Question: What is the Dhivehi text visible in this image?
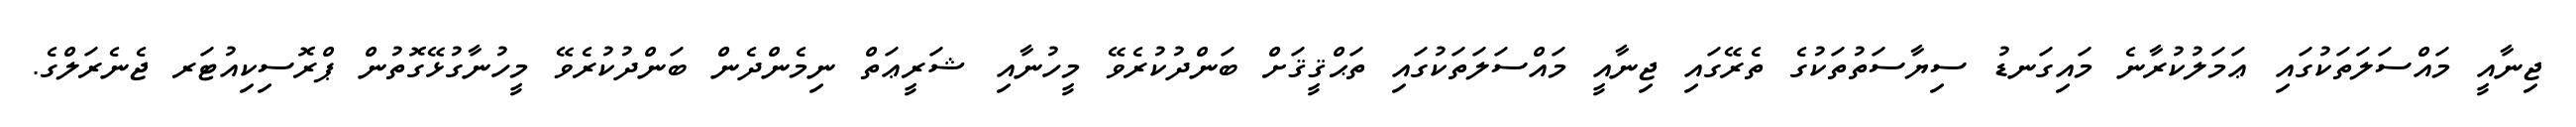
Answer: ޖިނާއީ މައްސަލަތަކުގައި ޢަމަލުކުރާނެ މައިގަނޑު ސިޔާސަތުތަކުގެ ތެރޭގައި ޖިނާއީ މައްސަލަތަކުގައި ތަޙްޤީޤަށް ބަންދުކުރެވޭ މީހުނާއި ޝަރީޢަތް ނިމެންދެން ބަންދުކުރެވޭ މީހުނާގުޅޭގޮތުން ޕްރޮސިކިއުޓަރ ޖެނެރަލްގެ.